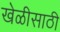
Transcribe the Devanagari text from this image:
खेळीसाठी